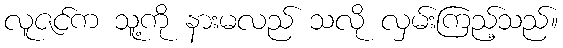
လူဇင်က သူ့ကို နားမလည် သလို လှမ်းကြည့်သည်။